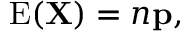
\operatorname { E } ( \mathbf { X } ) = n \mathbf { p } ,